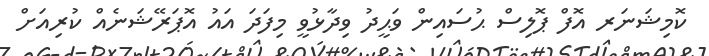
ކޮމިޝަނަރ އޮފް ޕޮލިސް ޙުސައިން ވަޙީދު ވިދާޅުވީ މިފަދަ އައު އޮޕަރޭޝަނެއް ކުރިއަށް